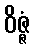
ဝိဇ္ဇံ